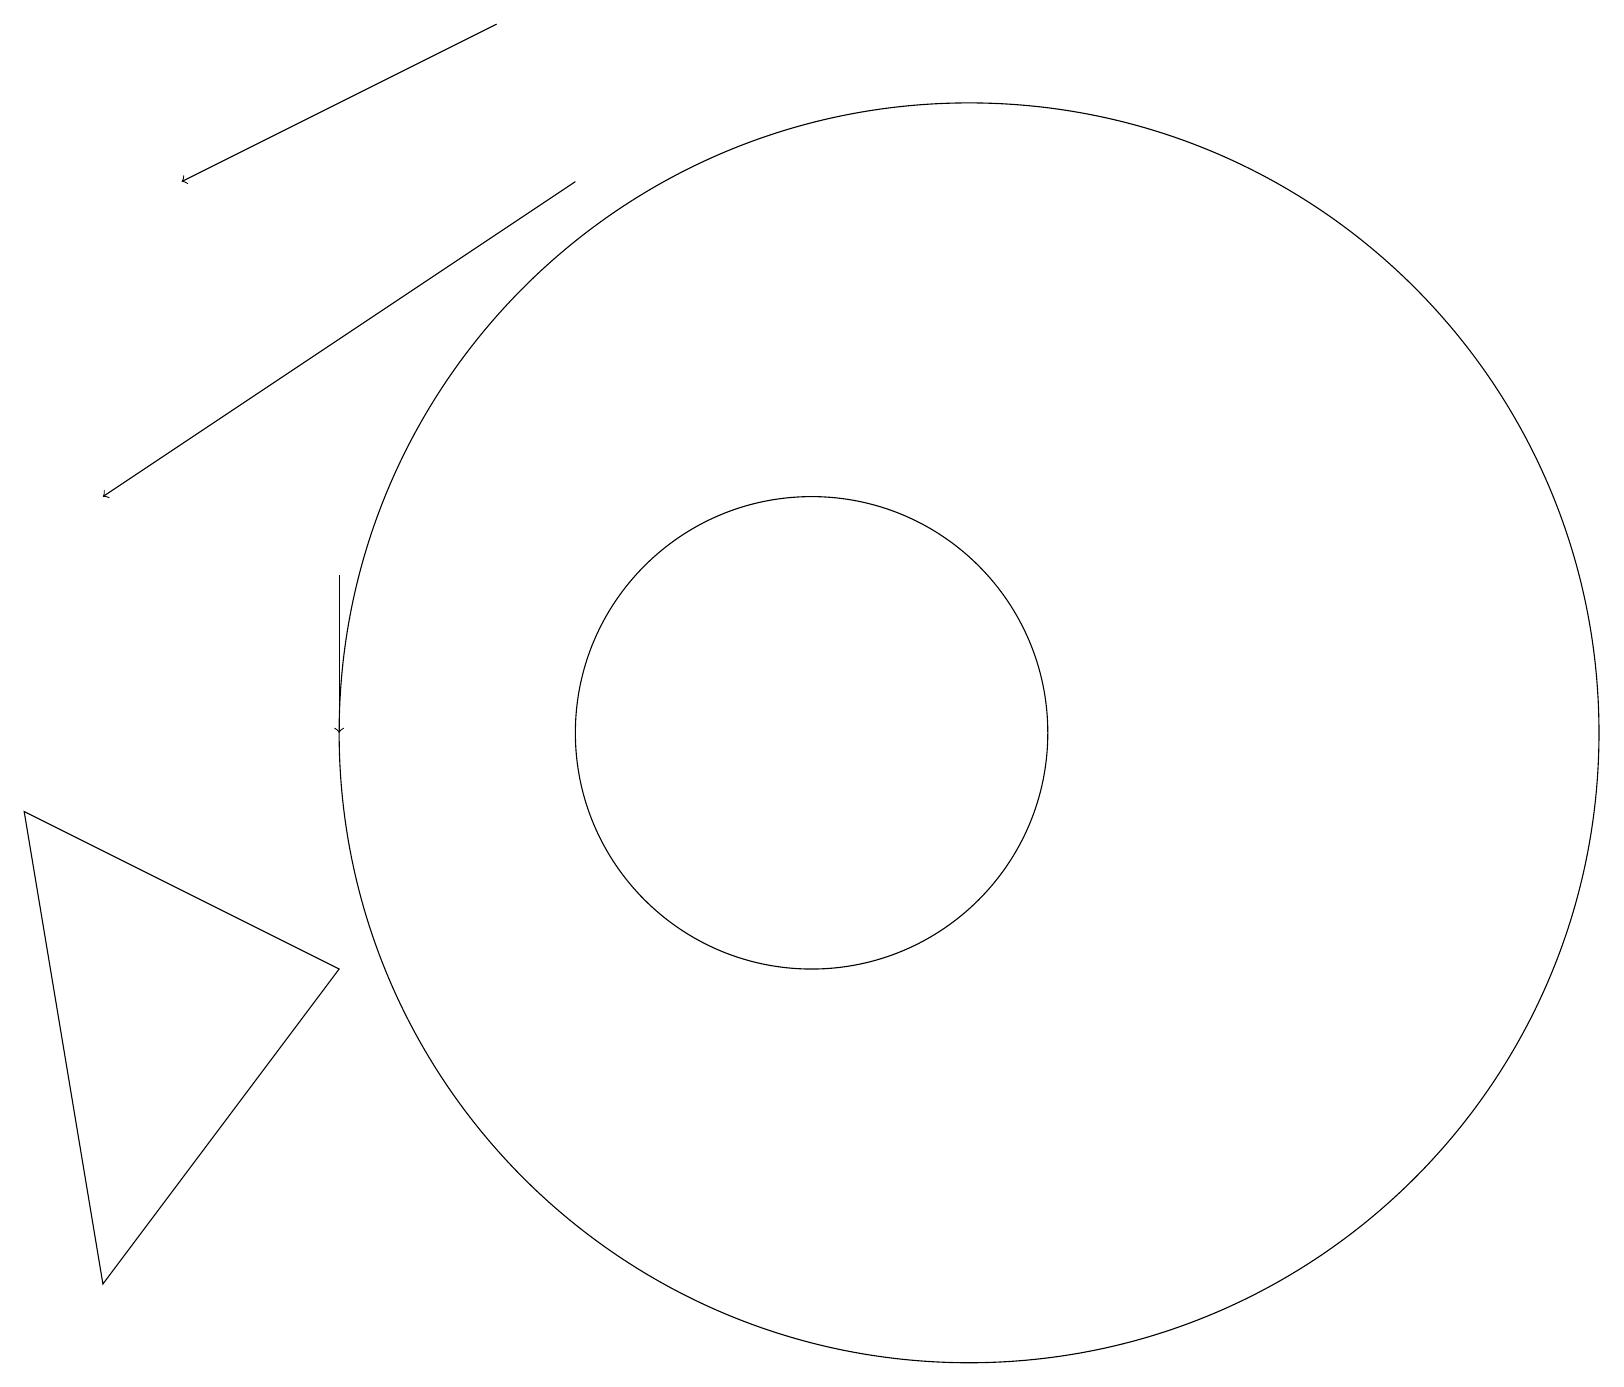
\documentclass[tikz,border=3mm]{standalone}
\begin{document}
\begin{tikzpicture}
\draw[->] (4,12) -- (4,10);
\draw (12,10) circle (8);
\draw[->] (7,17) -- (1,13);
\draw (10,10) circle (3);
\draw (1,3) -- (0,9) -- (4,7) -- cycle;
\draw[->] (6,19) -- (2,17);
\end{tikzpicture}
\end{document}